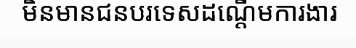
មិនមានជនបរទេសដណ្តើមការងារ